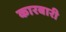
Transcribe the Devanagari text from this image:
कारबारी